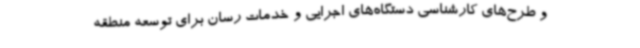
و طرح‌های کارشناسی دستگاه‌های اجرایی و خدمات رسان برای توسعه منطقه